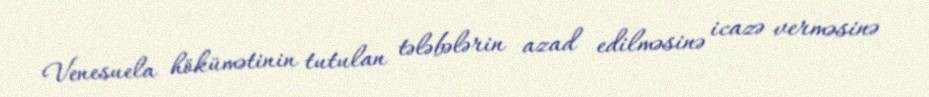
Venesuela hökümətinin tutulan tələbələrin azad edilməsinə icazə verməsinə